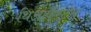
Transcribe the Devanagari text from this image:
थिआफैस्टस